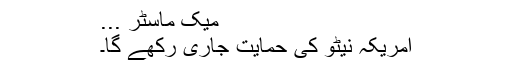
میک ماسٹر ...
امریکہ نیٹو کی حمایت جاری رکھے گا۔